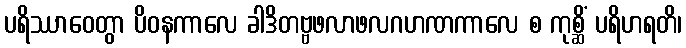
ပရိဿာဝေတွာ ပိဝနကာလေ ခါဒိတဗ္ဗဖလာဖလဂဟဏကာလေ စ ကုစ္ဆိံ ပရိဟရတိ၊